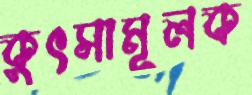
কুৎসামূলক